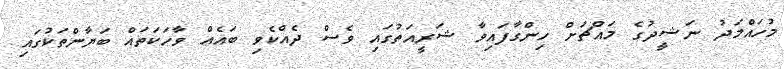
މުހައްމަދު ނަޝީދުގެ މައްޗަށް ހިންގާފައިވާ ޝަރީއަތުގައި ވެސް ދެއްކެވި ބައެއް ވާހަކަތައް ބަޔާންތަކުގައި